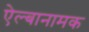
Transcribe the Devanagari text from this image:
ऐल्बानामक